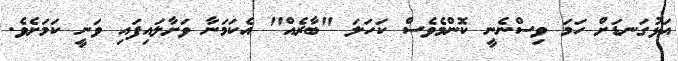
އަޅުގަނޑަށް ހަމަ ވިސްނެނީ ކޮންމެވެސް ކަހަލަ "ބާރެއް" އެކަމަނާ ވަށާލައިފައި ވަނީ ކަމަށެވެ.